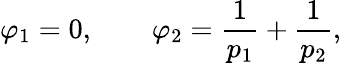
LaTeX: \varphi_{1}=0,\qquad\varphi_{2}=\frac{1}{p_{1}}+\frac{1}{p_{2}},